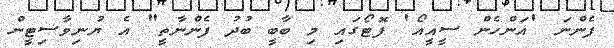
ފެންނަ 'އަންހެން ސީއީއޯ' ފޮޓޯގައި މި ބާބީ ބުދު ފެންނާތީ" އެ ޔުނިވާސިޓީން